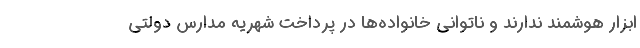
ابزار هوشمند ندارند و ناتوانی خانواده‌ها در پرداخت شهریه مدارس دولتی